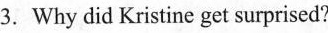
3.Why did Kristine get surprised?